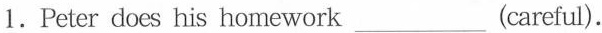
1.Peter does his homework___(careful).